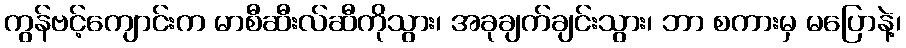
ကွန်ဗင့်ကျောင်းက မာစီဆီးလ်ဆီကိုသွား၊ အခုချက်ချင်းသွား၊ ဘာ စကားမှ မပြောနဲ့၊